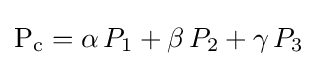
\mathrm {P_{c}} =\alpha \,P_{1}+\beta \,P_{2}+\gamma \,P_{3}